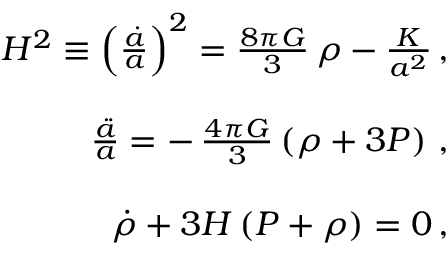
\begin{array} { r l r } & { } & { H ^ { 2 } \equiv \left( \frac { \dot { a } } { a } \right) ^ { 2 } = \frac { 8 \pi G } { 3 } \, \rho - \frac { K } { a ^ { 2 } } \, , } \\ & { } & \\ & { } & { \frac { \ddot { a } } { a } = - \, \frac { 4 \pi G } { 3 } \left( \rho + 3 P \right) \, , } \\ & { } & \\ & { } & { \dot { \rho } + 3 H \left( P + \rho \right) = 0 \, , } \end{array}